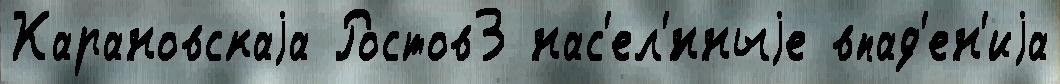
Карановскаjа Ростов3 нас'ел'́нныjе впад'ен'иjа